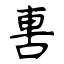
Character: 軎